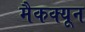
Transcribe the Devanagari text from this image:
मैकक्यून